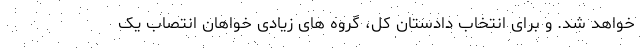
خواهد شد. و برای انتخاب دادستان کل، گروه های زیادی خواهان انتصاب یک